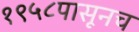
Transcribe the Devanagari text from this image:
१९५८पासूनच